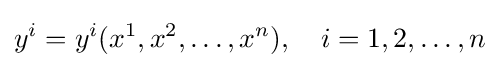
y^{i}=y^{i}(x^{1},x^{2},\dots ,x^{n}),\quad i=1,2,\dots ,n